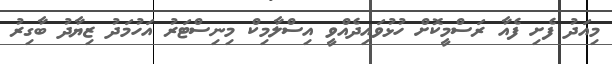
މިއަދު ފެށި ފެއާ ރަސްމީކޮށް ހުޅުވައިދެއްވީ އިސްލާމިކް މިނިސްޓަރު އަހުމަދު ޒިޔާދު ބާގިރު